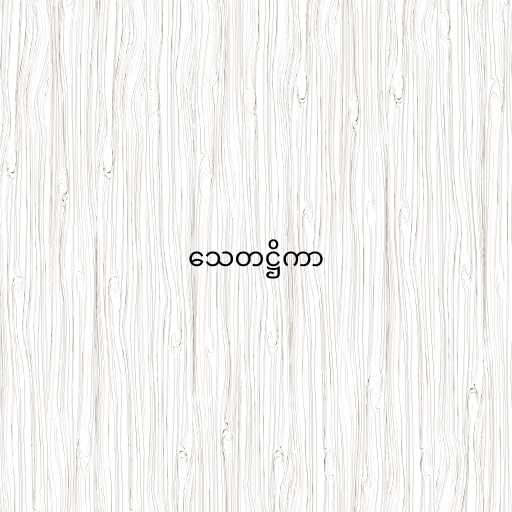
သေတဋ္ဌိကာ